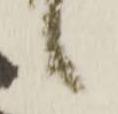
候